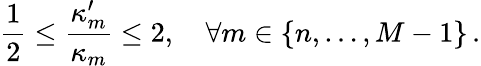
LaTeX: \frac 12\leq\frac{\kappa_{m}^{\prime}}{\kappa_{m}}\leq 2,\quad\forall m\in\{ n,\ldots,M-1\} \, .